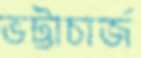
ভট্টাচার্জ